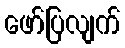
ဖော်ပြလျက်